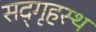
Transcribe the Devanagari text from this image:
सद्‌गृहस्थ